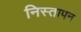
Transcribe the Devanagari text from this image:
निस्तापन